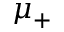
\mu _ { + }